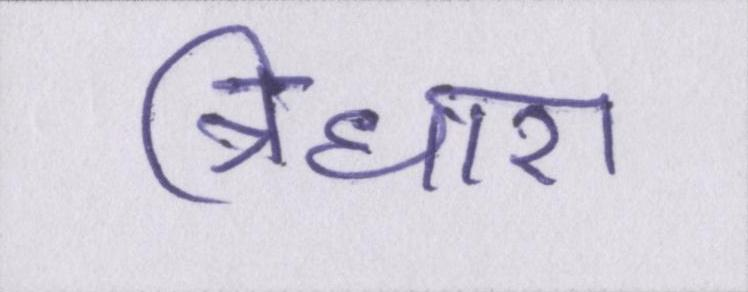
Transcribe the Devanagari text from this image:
त्रिधारा